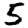
Digit: 5